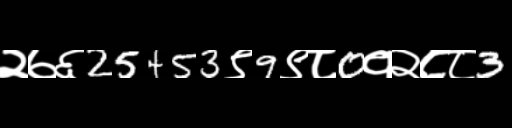
Text: २७६25453९9९८0१२८८3